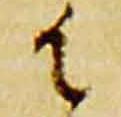
御